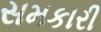
સમકારી